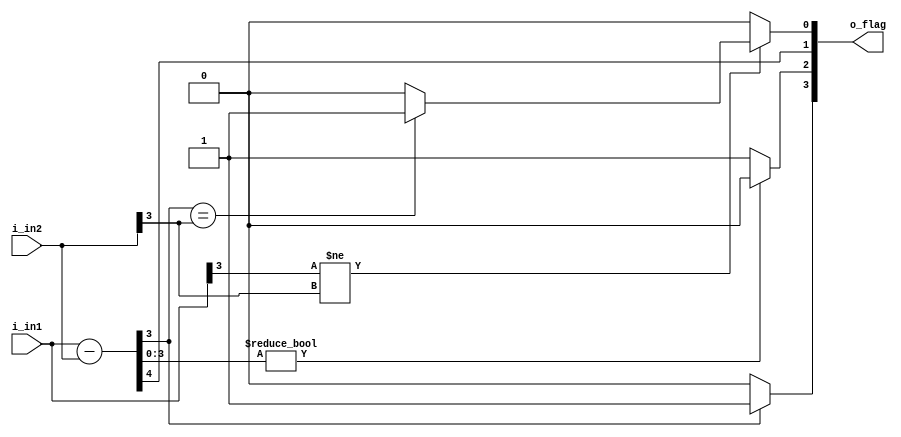
module Compare(i_in1, i_in2, o_flag);
	parameter N = 4;
	input [N-1:0] i_in1, i_in2;
	output [3:0] o_flag; // o_flag[N,Z,C,V]
	
	wire [N:0] temp;
	
	assign temp = i_in1 - i_in2;
	assign o_flag[3] = (temp[N-1])?1:0;	//if the MSB is 1 then N=1
	assign o_flag[2] = (temp[N-1:0])?0:1; //if i_in1-i_in2=0 Z=1
	assign o_flag[1] = temp[N]; //if the 33rd bit of the subtraction is 1 then there is carry 
	
	//if the sign of the two inputs is different and the sign of the result is the same as the subtrahend, then overflow happened
	assign o_flag[0] = (i_in1[N-1]!=i_in2[N-1])?((temp[N-1]==i_in2[N-1])?1:0):0; 
	
endmodule